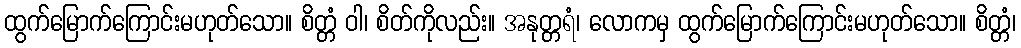
ထွက်မြောက်ကြောင်းမဟုတ်သော။ စိတ္တံ ဝါ၊ စိတ်ကိုလည်း။ အနုတ္တရံ၊ လောကမှ ထွက်မြောက်ကြောင်းမဟုတ်သော။ စိတ္တံ၊